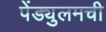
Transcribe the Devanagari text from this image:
पेंड्युलमची